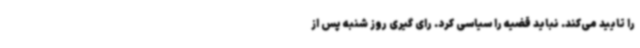
را تایید می‌کند. نباید قضیه را سیاسی کرد. رای گیری روز شنبه پس از